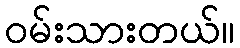
ဝမ်းသားတယ်။